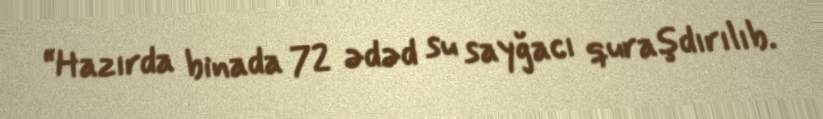
“Hazırda binada 72 ədəd su sayğacı quraşdırılıb.